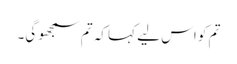
تم کو اس لیے کہا کہ تم سمجھو گی۔